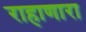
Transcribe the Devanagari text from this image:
राहाणारा